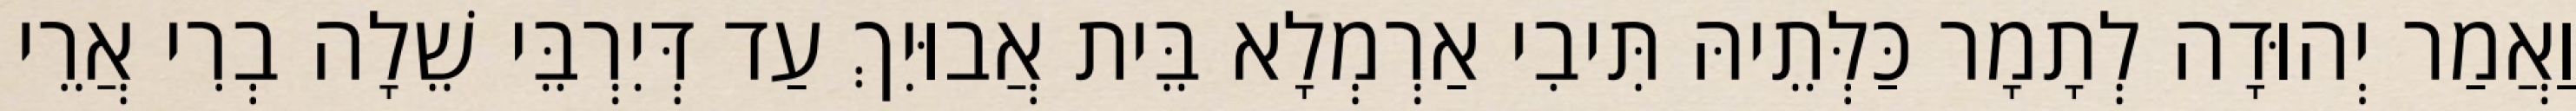
וַאֲמַר יְהוּדָה לְתָמָר כַּלְּתֵיהּ תִּיבִי אַרְמְלָא בֵּית אֲבוּיִךְ עַד דְּיִרְבֵּי שֵׁלָה בְרִי אֲרֵי